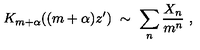
K _ { m + \alpha } ( ( m + \alpha ) z ^ { \prime } ) \ \sim \ \sum _ { n } \frac { X _ { n } } { m ^ { n } } \ ,